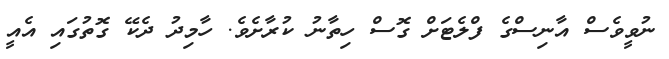
ނުވީވެސް އާނިސްގެ ފްލެޓަށް ގޮސް ހިތާނު ކުރާށެވެ. ހާމިދު ދެކޭ ގޮތުގައި އެއީ